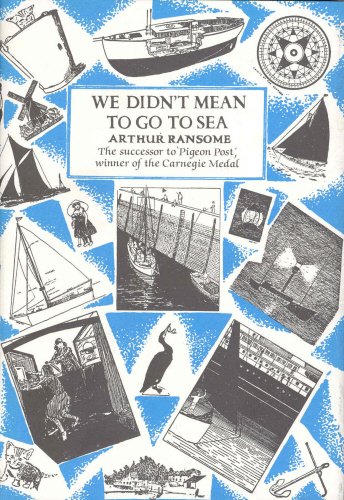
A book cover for We Didn't Mean To Go To Sea; Arthur Ransome; Teen & Young Adult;